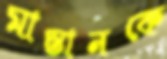
মাস্তানকে